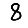
Digit: 8